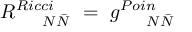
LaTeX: R _ { ~ ~ ~ ~ { { \cal N } } { \bar { { \cal N } } } } ^ { R i c c i } ~ = ~ g _ { ~ ~ ~ ~ { { \cal N } } { { \bar { \cal N } } } } ^ { P o i n }